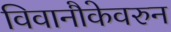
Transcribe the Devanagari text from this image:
विवानौकेवरुन